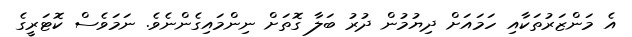
އެ މަންޒަރުތަކާއި ހަމައަށް ދިޔުމުން ދުރު ބަލާ ގޮތަށް ނިންމައިގެންނެވެ. ނަމަވެސް ކޮޓަރީގެ